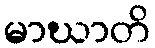
မာဃာတိ